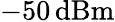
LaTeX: -50\, \mathrm{dBm}